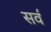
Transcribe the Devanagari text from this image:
सव॔